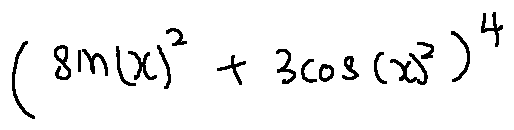
( \sin ( x ) ^ { 2 } + 3 \cos ( x ) ^ { 2 } ) ^ { 4 }